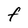
Character: f